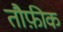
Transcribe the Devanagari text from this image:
तौफ़ीक